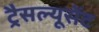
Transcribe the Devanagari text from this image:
ट्रैसल्यूसेंट